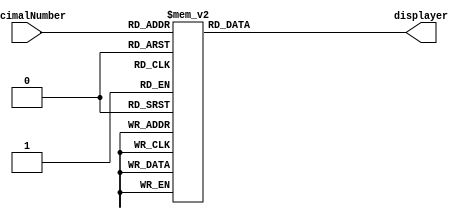
module displayNumber(
	input [3:0] decimalNumber,
	output reg [0:6] displayer);
	always @(*)
		case (decimalNumber)
			4'b0000: displayer = 7'b0000001;
			4'b0001: displayer = 7'b1001111;
			4'b0010: displayer = 7'b0010010;
			4'b0011: displayer = 7'b0000110;
			4'b0100: displayer = 7'b1001100;
			4'b0101: displayer = 7'b0100100;
			4'b0110: displayer = 7'b0100000;
			4'b0111: displayer = 7'b0001111;
			4'b1000: displayer = 7'b0000000;
			4'b1001: displayer = 7'b0000100;
			default: displayer = 7'b1111111;
		endcase
endmodule

module binary_6_bits_BCD(
	input [9:0] SW,
	output [0:6] HEX0, HEX1, output [9:0] LEDR);
	
	assign LEDR = SW;
	
	integer enteredInput,tenModulo,tenMultiple;
	
	always @(SW[5:0])
		enteredInput = SW[5:0];
		
	reg [3:0] moduloBinary;
	reg [3:0] multipleBinary;
	
	always @(*)
		begin
         tenModulo = enteredInput%10; 
         tenMultiple = enteredInput/10;
			case (tenModulo)
				0: moduloBinary = 4'b0000;
				1: moduloBinary = 4'b0001;
				2: moduloBinary = 4'b0010;
				3: moduloBinary = 4'b0011;
				4: moduloBinary = 4'b0100;
				5: moduloBinary = 4'b0101;
				6: moduloBinary = 4'b0110;
				7: moduloBinary = 4'b0111;
				8: moduloBinary = 4'b1000;
				9: moduloBinary = 4'b1001;
				default: moduloBinary = 4'b1111;
			endcase
			case (tenMultiple)
				0: multipleBinary = 4'b0000;
				1: multipleBinary = 4'b0001;
				2: multipleBinary = 4'b0010;
				3: multipleBinary = 4'b0011;
				4: multipleBinary = 4'b0100;
				5: multipleBinary = 4'b0101;
				6: multipleBinary = 4'b0110;
				7: multipleBinary = 4'b0111;
				8: multipleBinary = 4'b1000;
				9: multipleBinary = 4'b1001;
				default: multipleBinary = 4'b1111;
			endcase
		end
	
	displayNumber displayModulo(moduloBinary,HEX0);
	displayNumber displayMultiple(multipleBinary,HEX1);

endmodule